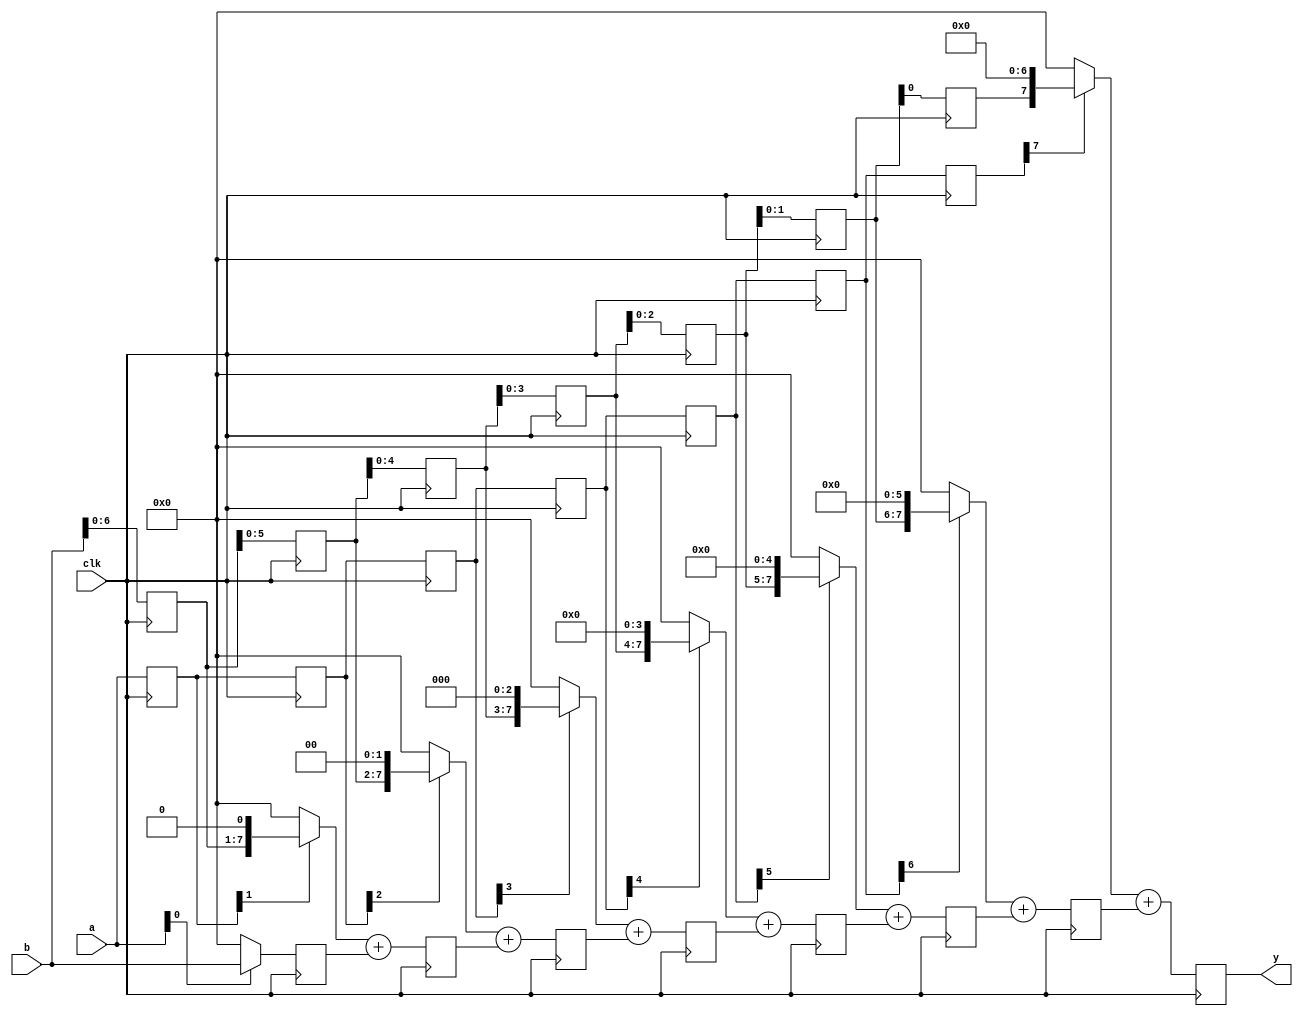
module array_multiplier_pipeline(clk, a, b, y);

parameter width = 8;

input clk;
input [width-1:0] a, b;
output [width-1:0] y;

reg [width-1:0] a_pipeline [0:width-2];
reg [width-1:0] b_pipeline [0:width-2];
reg [width-1:0] partials [0:width-1];
integer i;

always @(posedge clk) begin
    a_pipeline[0] <= a;
    b_pipeline[0] <= b;
    for (i = 1; i < width-1; i = i+1) begin
        a_pipeline[i] <= a_pipeline[i-1];
        b_pipeline[i] <= b_pipeline[i-1];
    end

    partials[0] <= a[0] ? b : 0;
    for (i = 1; i < width; i = i+1)
        partials[i] <= (a_pipeline[i-1][i] ? b_pipeline[i-1] << i : 0) +
                partials[i-1];
end

assign y = partials[width-1];

endmodule